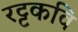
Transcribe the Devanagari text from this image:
रट्टकवि